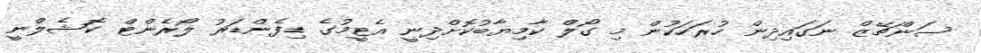
ސަންޗޭޒް ނަގައިދިން ހުރަހަކުން މި ގޯލް ކާމިޔާބުކޮށްދިނީ އެޓީމުގެ ޑިފެންޑަރު ލޯރެންޓް ކޮޝެލްނީ